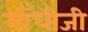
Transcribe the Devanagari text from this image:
गाँधीजी